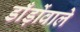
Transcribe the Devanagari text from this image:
डाँड़ोंवाले